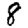
Digit: 8